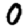
Digit: 0